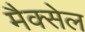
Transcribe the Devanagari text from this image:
मैक्सेल